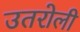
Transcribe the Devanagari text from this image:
उतरोली